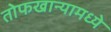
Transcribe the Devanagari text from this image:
तोफखान्यामध्ये